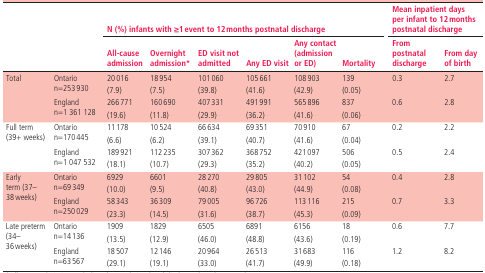
<table><thead><tr><td rowspan="2">[EMPTY_CELL]</td><td rowspan="2">[EMPTY_CELL]</td><td colspan="6"><b>N (%) infants with ≥1 event to 12 months postnatal discharge</b></td><td colspan="2"><b>Mean inpatient days per infant to 12 months postnatal discharge</b></td></tr><tr><td><b>All-cause admission</b></td><td><b>Overnight admission*</b></td><td><b>ED visit not admitted</b></td><td><b>Any ED visit</b></td><td><b>Any contact (admission or ED)</b></td><td><b>Mortality</b></td><td><b>From postnatal discharge</b></td><td><b>From day of birth</b></td></tr></thead><tbody><tr><td rowspan="4">Total</td><td rowspan="2">Ontario n=253 930</td><td>20 016</td><td>18 954</td><td>101 060</td><td>105 661</td><td>108 903</td><td>139</td><td>0.3</td><td>2.7</td></tr><tr><td>(7.9)</td><td>(7.5)</td><td>(39.8)</td><td>(41.6)</td><td>(42.9)</td><td>(0.05)</td><td>[EMPTY_CELL]</td><td>[EMPTY_CELL]</td></tr><tr><td rowspan="2">England n=1 361 128</td><td>266 771</td><td>160 690</td><td>407 331</td><td>491 991</td><td>565 896</td><td>837</td><td>0.6</td><td>2.8</td></tr><tr><td>(19.6)</td><td>(11.8)</td><td>(29.9)</td><td>(36.2)</td><td>(41.6)</td><td>(0.06)</td><td>[EMPTY_CELL]</td><td>[EMPTY_CELL]</td></tr><tr><td rowspan="4">Full term (39+ weeks)</td><td rowspan="2">Ontario n=170 445</td><td>11 178</td><td>10 524</td><td>66 634</td><td>69 351</td><td>70 910</td><td>67</td><td>0.2</td><td>2.2</td></tr><tr><td>(6.6)</td><td>(6.2)</td><td>(39.1)</td><td>(40.7)</td><td>(41.6)</td><td>(0.04)</td><td>[EMPTY_CELL]</td><td>[EMPTY_CELL]</td></tr><tr><td rowspan="2">England n=1 047 532</td><td>189 921</td><td>112 235</td><td>307 362</td><td>368 752</td><td>421 097</td><td>506</td><td>0.5</td><td>2.4</td></tr><tr><td>(18.1)</td><td>(10.7)</td><td>(29.3)</td><td>(35.2)</td><td>(40.2)</td><td>(0.05)</td><td>[EMPTY_CELL]</td><td>[EMPTY_CELL]</td></tr><tr><td rowspan="4">Early term (37–38 weeks)</td><td rowspan="2">Ontario n=69 349</td><td>6929</td><td>6601</td><td>28 270</td><td>29 805</td><td>31 102</td><td>54</td><td>0.4</td><td>2.8</td></tr><tr><td>(10.0)</td><td>(9.5)</td><td>(40.8)</td><td>(43.0)</td><td>(44.9)</td><td>(0.08)</td><td>[EMPTY_CELL]</td><td>[EMPTY_CELL]</td></tr><tr><td rowspan="2">England n=250 029</td><td>58 343</td><td>36 309</td><td>79 005</td><td>96 726</td><td>113 116</td><td>215</td><td>0.7</td><td>3.3</td></tr><tr><td>(23.3)</td><td>(14.5)</td><td>(31.6)</td><td>(38.7)</td><td>(45.3)</td><td>(0.09)</td><td>[EMPTY_CELL]</td><td>[EMPTY_CELL]</td></tr><tr><td rowspan="4">Late preterm (34–36 weeks)</td><td rowspan="2">Ontario n=14 136</td><td>1909</td><td>1829</td><td>6505</td><td>6891</td><td>6156</td><td>18</td><td>0.6</td><td>7.7</td></tr><tr><td>(13.5)</td><td>(12.9)</td><td>(46.0)</td><td>(48.8)</td><td>(43.6)</td><td>(0.19)</td><td>[EMPTY_CELL]</td><td>[EMPTY_CELL]</td></tr><tr><td rowspan="2">England n=63 567</td><td>18 507</td><td>12 146</td><td>20 964</td><td>26 513</td><td>31 683</td><td>116</td><td>1.2</td><td>8.2</td></tr><tr><td>(29.1)</td><td>(19.1)</td><td>(33.0)</td><td>(41.7)</td><td>(49.9)</td><td>(0.18)</td><td>[EMPTY_CELL]</td><td>[EMPTY_CELL]</td></tr></tbody></table>